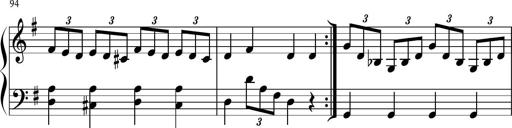
Title: Keyboard Sonatina in G
Composer: Michael Pogudin
Key: G major